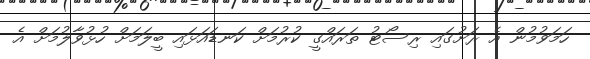
ހަމަވުމުން އެ ރަށުގައި ރިސޯޓު ތަރައްގީ ކުރުމަށް ކަނޑައަޅައި ބީލަމަށް ހުޅުވާލުމަށް އެ